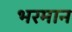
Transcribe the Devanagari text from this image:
भरमान